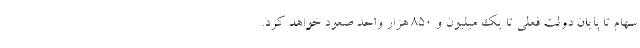
سهام تا پایان دولت فعلی تا یک میلیون و ۸۵۰ هزار واحد صعود خواهد کرد.